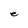
Character: e